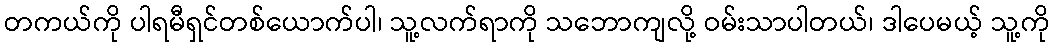
တကယ်ကို ပါရမီရှင်တစ်ယောက်ပါ၊ သူ့လက်ရာကို သဘောကျလို့ ဝမ်းသာပါတယ်၊ ဒါပေမယ့် သူ့ကို